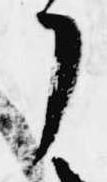
了